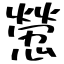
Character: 憥